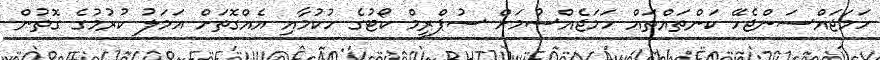
ހަމަޖައްސަންޖެހޭ ކަންތައްތައް ހަމަޖެއްސުމަށް ސުޕްރީމް ކޯޓުގެ ހުކުމާއި އެއްގޮތަށް އަމަލު ކުރުމުގެ ގޮތުން